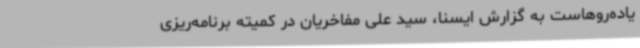
یاده‌روهاست به گزارش ایسنا، سید علی مفاخریان در کمیته برنامه‌ریزی